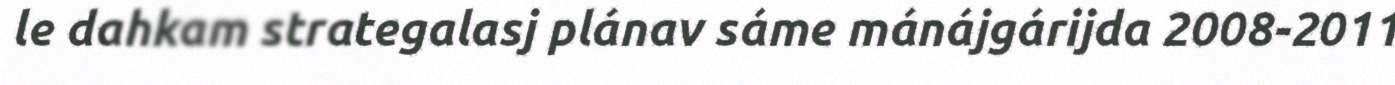
le dahkam strategalasj plánav sáme mánájgárijda 2008-2011